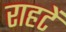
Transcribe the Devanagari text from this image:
राहटें